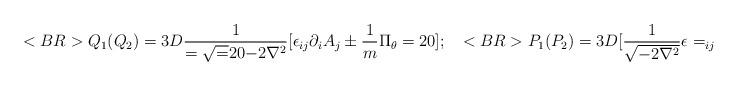
LaTeX: \begin{align*}<BR>Q_1(Q_2)=3D{1\over ={{\sqrt=20{-2\nabla ^2}}}}[\epsilon _{ij}\partial _iA_j\pm {1\over m}\Pi _\theta=20];~~<BR>P_1(P_2)=3D[{1\over {{\sqrt {-2\nabla ^2}}}}\epsilon =_{ij}\partial _i\Pi=20_j\mp<BR>{m\over 2}{\sqrt {-2\nabla ^2}}\theta=20],<BR><BR>\end{align*}